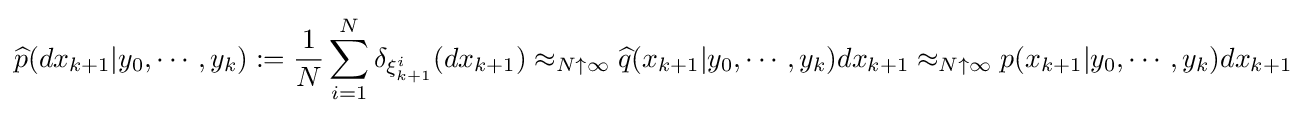
{\widehat {p}}(dx_{k+1}|y_{0},\cdots ,y_{k}):={\frac {1}{N}}\sum _{i=1}^{N}\delta _{\xi _{k+1}^{i}}(dx_{k+1})\approx _{N\uparrow \infty }{\widehat {q}}(x_{k+1}|y_{0},\cdots ,y_{k})dx_{k+1}\approx _{N\uparrow \infty }p(x_{k+1}|y_{0},\cdots ,y_{k})dx_{k+1}